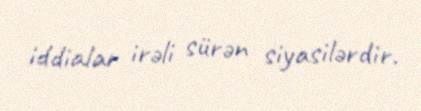
iddialar irəli sürən siyasilərdir.